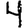
Digit: 4